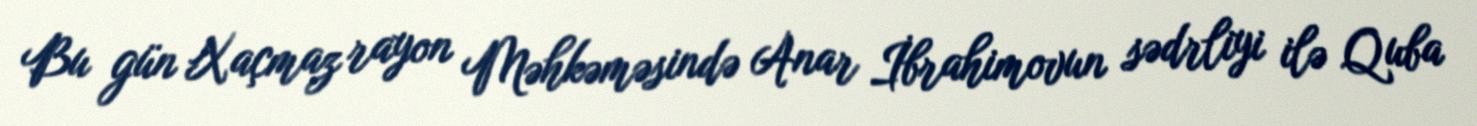
Bu gün Xaçmaz rayon Məhkəməsində Anar İbrahimovun sədrliyi ilə Quba